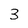
Character: 3